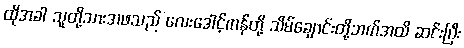
ထိုအခါ သူတို့သားအဖသည် လေးဒေါင့်ကန်တို့ သိမ်ချောင်းတို့ဘက်အထိ ဆင်းပြီး